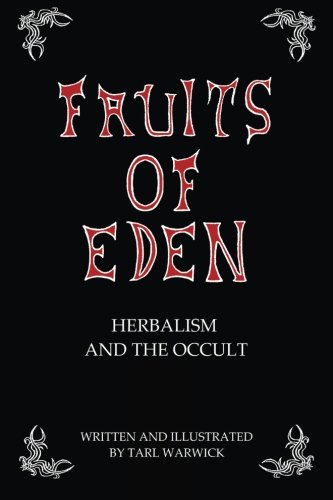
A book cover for Fruits Of Eden: Herbalism And the Occult; Tarl Warwick; Religion & Spirituality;